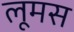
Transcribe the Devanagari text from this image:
लूमस